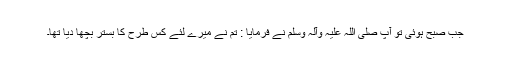
جب صبح ہوئی تو آپ صلی اللہ علیہ وآلہ وسلم نے فرمایا : تم نے میرے لئے کس طرح کا بستر بچھا دیا تھا۔